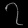
Digit: ၇